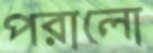
পরালো